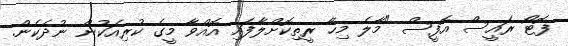
ފޮޓޯ ރައީސް އޮފީސް "މާލެ މިހާ ރީތިކޮށްލާފައި އޮއްވާ މީގެ ކުރިއަކުން ނުދެކެން.